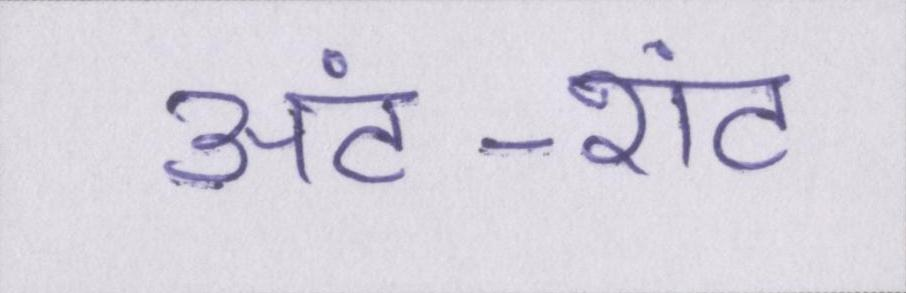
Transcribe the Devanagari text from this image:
अंट-शंट